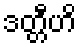
ဒတ္တီဟိ